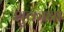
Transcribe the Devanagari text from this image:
शुकाचा